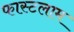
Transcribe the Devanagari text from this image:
फास्टलाम